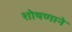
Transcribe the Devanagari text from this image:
शोषणाने